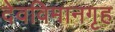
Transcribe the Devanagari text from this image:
देवविमानगृह